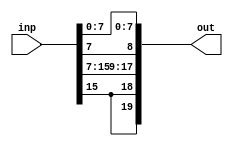
module ComplexSignExtend (inp, out);
input [15:0] inp;
output [19:0] out;

	assign out[19:10] = {inp[15], inp[15], inp[15:8]};
	assign out[9:0] = {inp[7], inp[7], inp[7:0]};

endmodule